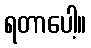
ရတာပေါ့။